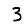
Digit: 3